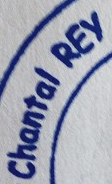
Chantal REy